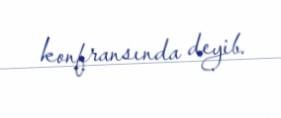
konfransında deyib.